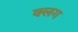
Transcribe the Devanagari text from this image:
क्लग